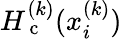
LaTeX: H_{\mathrm{~c~}}^{(k)}(x_{i}^{(k)})